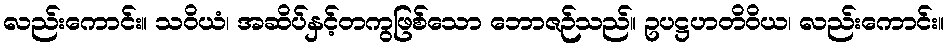
လည်းကောင်း။ သဝိယံ၊ အဆိပ်နှင့်တကွဖြစ်သော ဘောဇဉ်သည်။ ဥပဋ္ဌဟတိဝိယ၊ လည်းကောင်း။